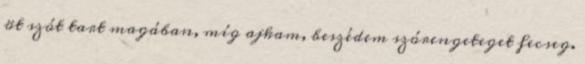
öt szót tart magában, míg ajkam, beszédem szórengeteget fecseg.